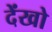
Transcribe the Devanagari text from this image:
देंखो